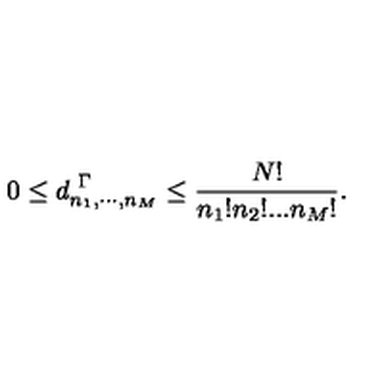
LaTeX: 0 \leq d _ { n _ { 1 } , \cdots , n _ { M } } ^ { \ \Gamma } \leq \frac { N ! } { n _ { 1 } ! n _ { 2 } ! . . . n _ { M } ! } .